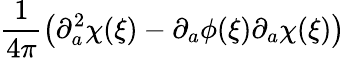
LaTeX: \frac{1}{4\pi}\left(\partial_{a}^{2}\chi(\xi)-\partial_{a}\phi(\xi)\partial_{a}\chi(\xi)\right)